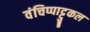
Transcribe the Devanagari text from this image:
वंचिप्पाट्टुकल